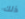
ذلك